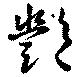
艷